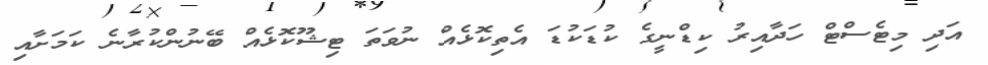
އަދި މިޓެސްޓް ހަދާއިރު ކިޑްނީގެ ކުޑަކުޑަ އެތިކޮޅެއް ނުވަތަ ޓިޝޫކޮޅެއް ބޭނުންކުރާނެ ކަމަށާއި